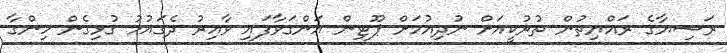
ރަޝިޔާގެ ރައްޔިތުން ތުރުކީއަށް ނުދިއުމަށް ޕޫޓިން އަންގަވާފައި ވާއިރު ދެގައުމު ގުޅިގެން ހިންގާ